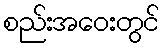
စည်းအဝေးတွင်